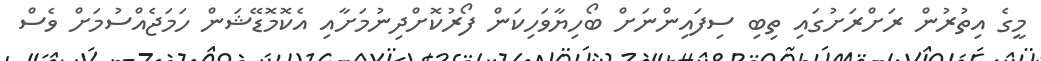
މީގެ އިތުރުން ރަށްރަށުގައި ތިބި ސިފައިންނަށް ބޯހިޔާވަހިކަން ފޯރުކޮށްދިނުމަށާއި އެކޮމޮޑޭޝަން ހަމަޖެއްސުމަށް ވެސް